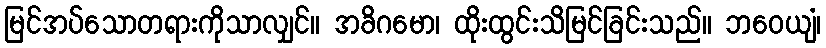
မြင်အပ်သောတရားကိုသာလျှင်။ အခိဂမော၊ ထိုးထွင်းသိမြင်ခြင်းသည်။ ဘဝေယျံ၊